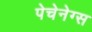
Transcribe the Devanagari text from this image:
पेचेनेग्स